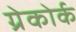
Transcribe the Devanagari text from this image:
ग्रेकोर्क